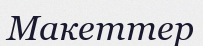
Макеттер